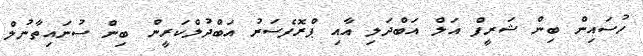
ހުސައިން ބިން ޝަރީފް އަލް އަބްދަލި އާއި ޕްރޮފެސަރު އަބްދުލްކަރީން ބިން ސުނައިތާނުލް